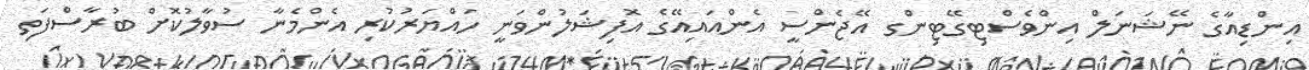
އިންޑިއާގެ ނޭޝަނަލް އިންވެސްޓިގޭޓިންގ އޭޖެންސީ އެންއައިއޭގެ އޮފިޝަލުންވަނީ ހައްޔަރުކުރި އެންމެނާ ސުވާލުކޮށް ބުރާސްފަތި